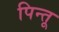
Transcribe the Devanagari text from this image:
पिन्तू